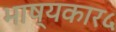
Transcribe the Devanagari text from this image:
भाष्यकार५